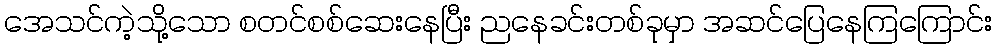
အေသင်ကဲ့သို့သော စတင်စစ်ဆေးနေပြီး ညနေခင်းတစ်ခုမှာ အဆင်ပြေနေကြကြောင်း